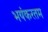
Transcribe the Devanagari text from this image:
भयंकरतम